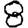
Digit: 8